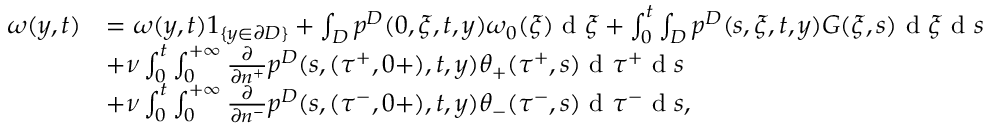
\begin{array} { r l } { \omega ( y , t ) } & { = \omega ( y , t ) 1 _ { \{ y \in \partial D \} } + \int _ { D } p ^ { D } ( 0 , \xi , t , y ) \omega _ { 0 } ( \xi ) \textrm { d } \xi + \int _ { 0 } ^ { t } \int _ { D } p ^ { D } ( s , \xi , t , y ) G ( \xi , s ) \textrm { d } \xi \textrm { d } s } \\ & { + \nu \int _ { 0 } ^ { t } \int _ { 0 } ^ { + \infty } \frac { \partial } { \partial n ^ { + } } p ^ { D } ( s , ( \tau ^ { + } , 0 + ) , t , y ) \theta _ { + } ( \tau ^ { + } , s ) \textrm { d } \tau ^ { + } \textrm { d } s } \\ & { + \nu \int _ { 0 } ^ { t } \int _ { 0 } ^ { + \infty } \frac { \partial } { \partial n ^ { - } } p ^ { D } ( s , ( \tau ^ { - } , 0 + ) , t , y ) \theta _ { - } ( \tau ^ { - } , s ) \textrm { d } \tau ^ { - } \textrm { d } s , } \end{array}